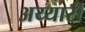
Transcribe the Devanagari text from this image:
अय्यारी